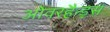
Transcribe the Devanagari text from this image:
ओवरहैन्ड्स